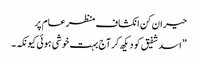
حیران کن انکشاف منظرعام پر
”اسد شفیق کو دیکھ کر آج بہت خوشی ہوئی کیونکہ۔